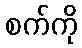
စက်ကို